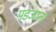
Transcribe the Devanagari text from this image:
पडजाना